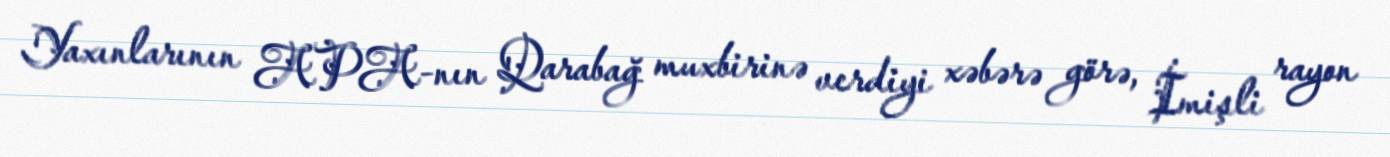
Yaxınlarının APA-nın Qarabağ muxbirinə verdiyi xəbərə görə, İmişli rayon